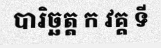
បារិច្ឆត្ត ក វគ្គ ទី